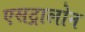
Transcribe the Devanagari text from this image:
एसट्रालोन